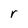
Character: r